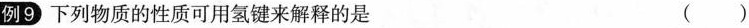
例9下列物质的性质可用氢键来解释的是 ()